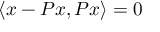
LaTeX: \langle x - P x , P x \rangle = 0